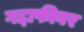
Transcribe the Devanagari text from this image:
गद्दाफीवर